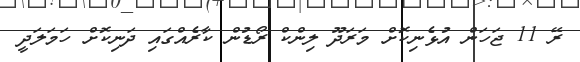
ރޭ 11 ޖަހަން އުޅެނިކޮށް މަރަދޫ ލިންކް ރޯޑުން ކާރެއްގައި ދަނިކޮށް ހަމަލަދީ